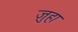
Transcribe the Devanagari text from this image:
ज़ुहा